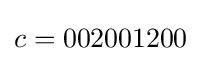
c=002001200